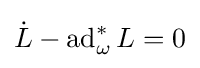
{\dot {L}}-\operatorname {ad} _{\omega }^{*}L=0